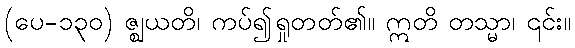
(ပေ-၁၃၀) ဇ္ဈယတိ၊ ကပ်၍ရှုတတ်၏။ ဣတိ တသ္မာ၊ ၎င်း။